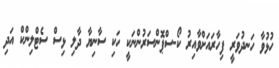
ހުޅުވާ ހަނދުވަރީ ފިހާރައަށްވާއިރު ކޯ-ސްޕޮންސަރުންނަކީ ހަކި ސާނިޔާ ދާލި ޅިސް ސެޓްލިންކް އަދި